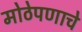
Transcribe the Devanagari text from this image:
मोठेपणाचे